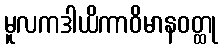
မူလကဒါယိကာဝိမာနဝတ္ထု